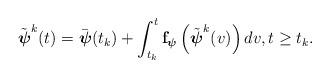
LaTeX: \begin{align*}\begin{aligned}\tilde{\boldsymbol{\psi}}^k(t) & = \bar{\boldsymbol{\psi}}(t_k) + \int_{t_k}^t \mathbf{f}_{ \boldsymbol{\psi}}\left(\tilde{\boldsymbol{\psi}}^k(v)\right) dv, t \ge t_k.\end{aligned}\end{align*}